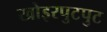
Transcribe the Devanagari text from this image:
खोइरपुटपुट